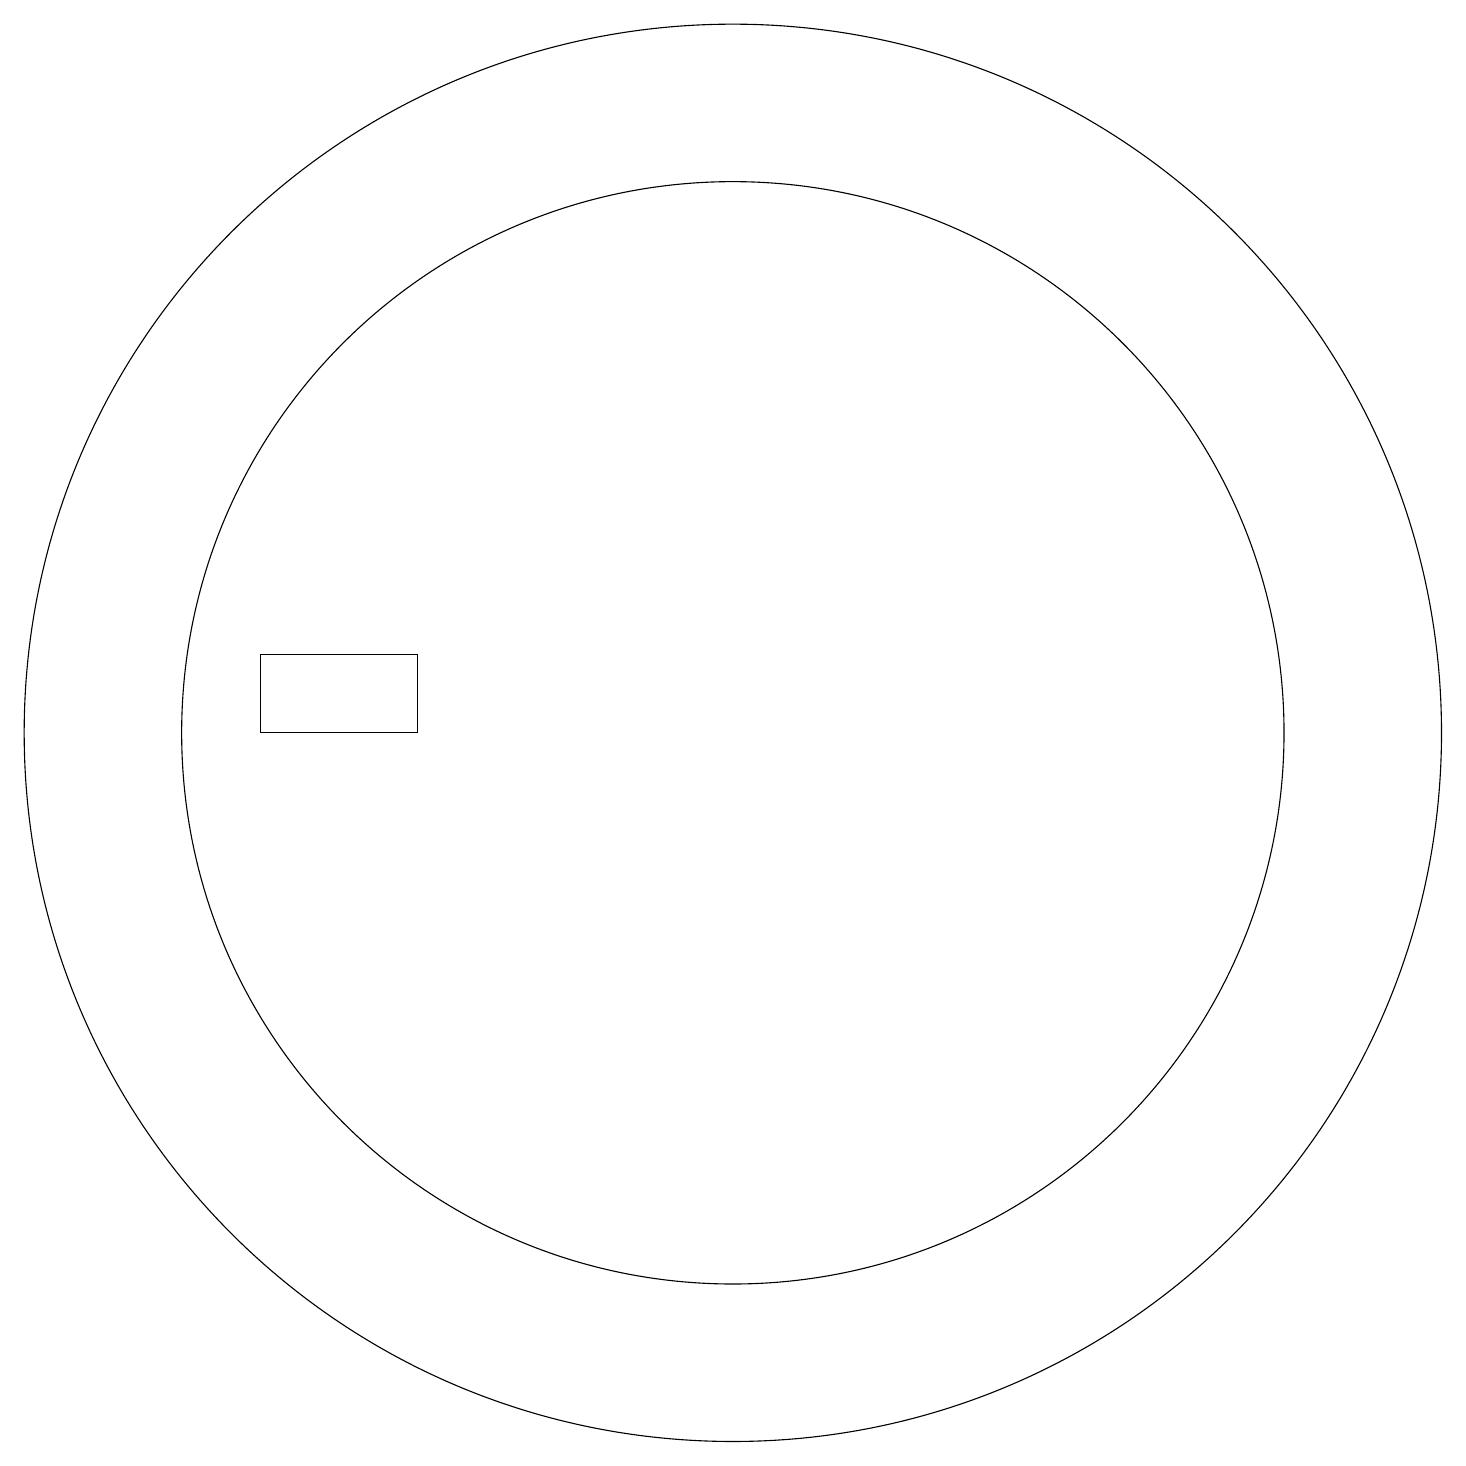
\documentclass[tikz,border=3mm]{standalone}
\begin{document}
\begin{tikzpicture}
\draw (10,10) circle (9);
\draw (10,10) circle (7);
\draw (12,11) circle (0);
\draw (4,10) rectangle (6,11);
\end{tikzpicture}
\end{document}